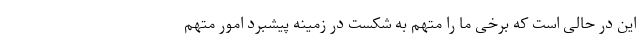
این در حالی است که برخی ما را متهم به شکست در زمینه پیشبرد امور متهم